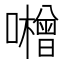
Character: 𱕝